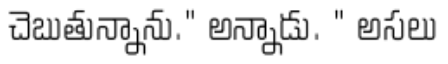
చెబుతున్నాను." అన్నాడు. " అసలు